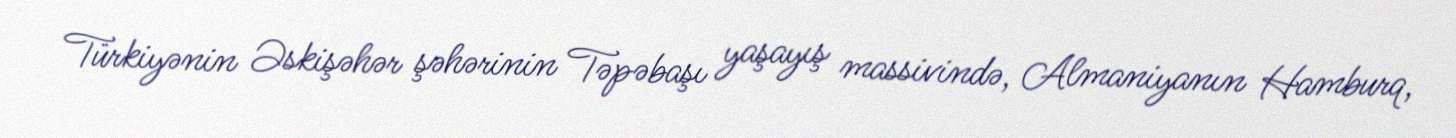
Türkiyənin Əskişəhər şəhərinin Təpəbaşı yaşayış massivində, Almaniyanın Hamburq,